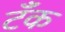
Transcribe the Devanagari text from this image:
टॅँक